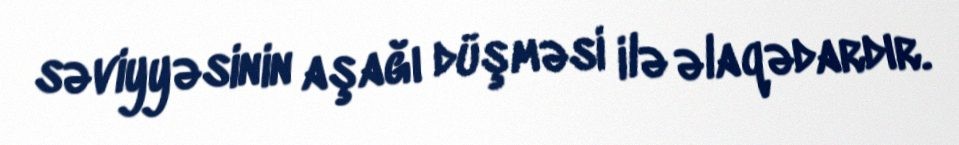
səviyyəsinin aşağı düşməsi ilə əlaqədardır.